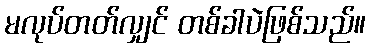
မလုပ်တတ်လျှင် တစ်ခါပဲဖြစ်သည်။